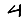
Digit: 4